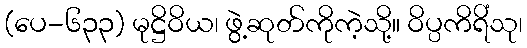
(ပေ-၆၃၃) မုဋ္ဌိဝိယ၊ ဖွဲ့ဆုတ်ကိုကဲ့သို့။ ဝိပ္ပကိရိံသု၊